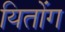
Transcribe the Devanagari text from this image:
यितोंग